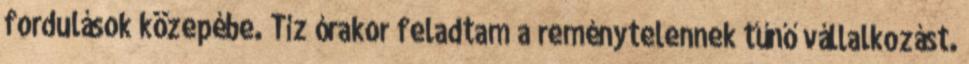
fordulások közepébe. Tíz órakor feladtam a reménytelennek tűnő vállalkozást.